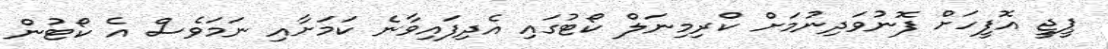
ޕީޖީ އޮފީހަށް ފޮނުވަދިނުމަށް ކްރިމިނަލް ކޯޓުގައި އެދިފައިވާނެ ކަމަށާއި ނަމަވެސް އެ ކޯޓުން